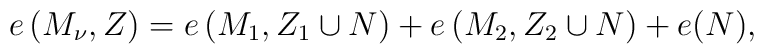
e\left(M_\nu,Z\right)=e\left(M_{1},Z_{1}\cup N\right)+e\left(M_{2},Z_{2}\cup N\right)+e(N),